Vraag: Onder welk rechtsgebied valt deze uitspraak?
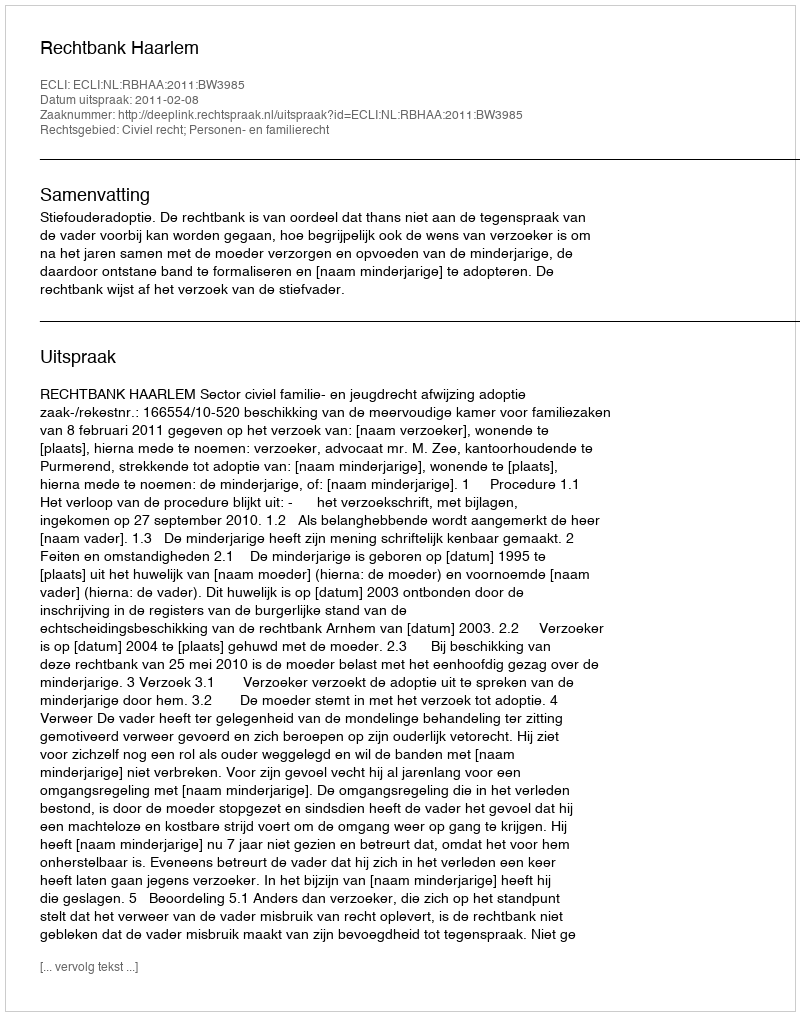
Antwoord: Civiel recht; Personen- en familierecht